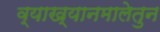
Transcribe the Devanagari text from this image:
व्याख्यानमालेतुन